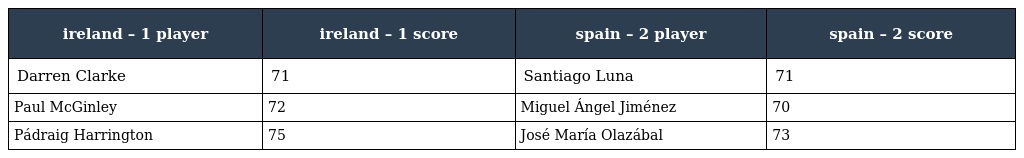
| ireland – 1 player | ireland – 1 score | spain – 2 player | spain – 2 score |
 | --- | --- | --- | --- |
 | Darren Clarke | 71 | Santiago Luna | 71 |
 | Paul McGinley | 72 | Miguel Ángel Jiménez | 70 |
 | Pádraig Harrington | 75 | José María Olazábal | 73 |